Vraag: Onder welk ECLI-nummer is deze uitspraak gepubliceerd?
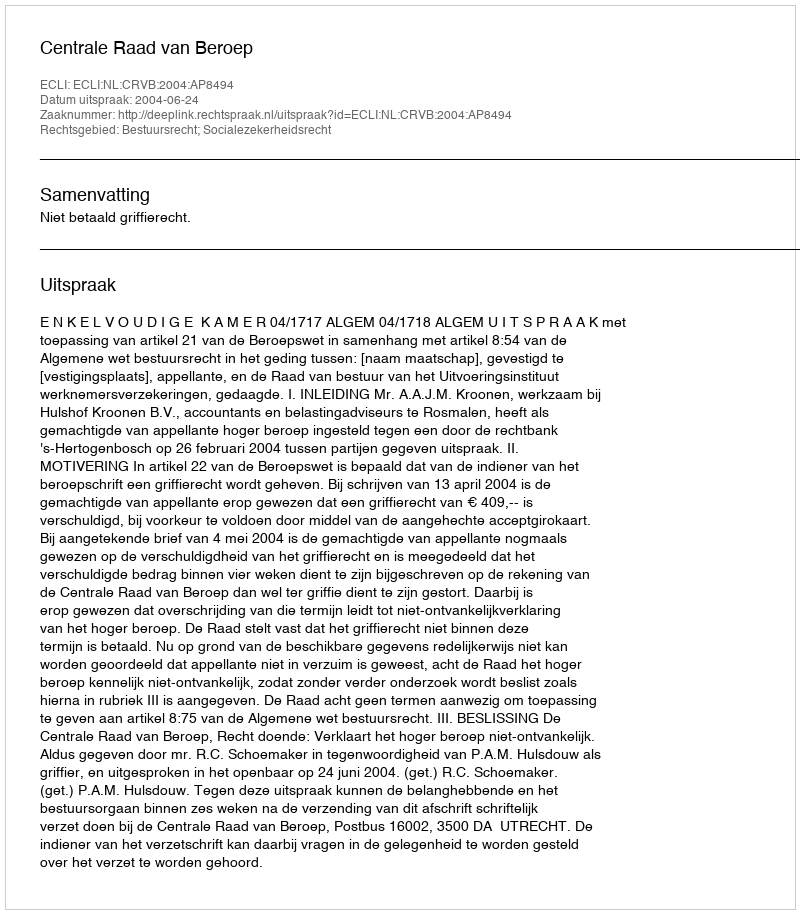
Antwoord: ECLI:NL:CRVB:2004:AP8494